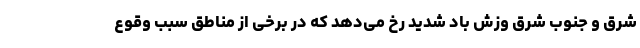
شرق و جنوب شرق وزش باد شدید رخ می‌دهد که در برخی از مناطق سبب وقوع